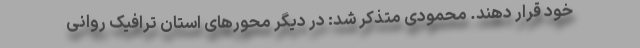
خود قرار دهند. محمودی متذکر شد: در دیگر محورهای استان ترافیک روانی